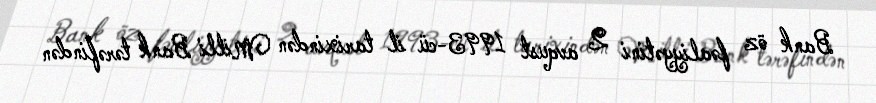
Bank öz fəaliyyətini 2 avqust 1993-cü il tarixindən Milli Bank tərəfindən